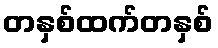
တနှစ်ထက်တနှစ်